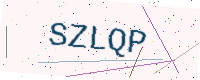
Text: SZLQP